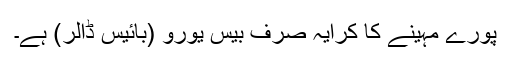
پورے مہینے کا کرایہ صرف بیس یورو (بائیس ڈالر) ہے۔